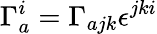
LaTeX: \Gamma_{a}^{i}=\Gamma_{ajk}\epsilon^{jki}